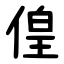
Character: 偟